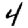
Digit: 4